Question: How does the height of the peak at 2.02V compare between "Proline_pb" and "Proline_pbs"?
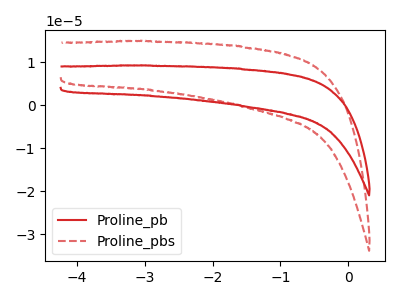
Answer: <think>The red curve "Proline_pb" has no peaks. The red dashed curve "Proline_pbs" has no peaks.</think>
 <answer>"Proline_pb" and "Proline_pbs" dont share a peak at 2.02V.</answer>
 <eval>mismatch</eval>